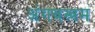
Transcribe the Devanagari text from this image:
अंगवस्त्रम